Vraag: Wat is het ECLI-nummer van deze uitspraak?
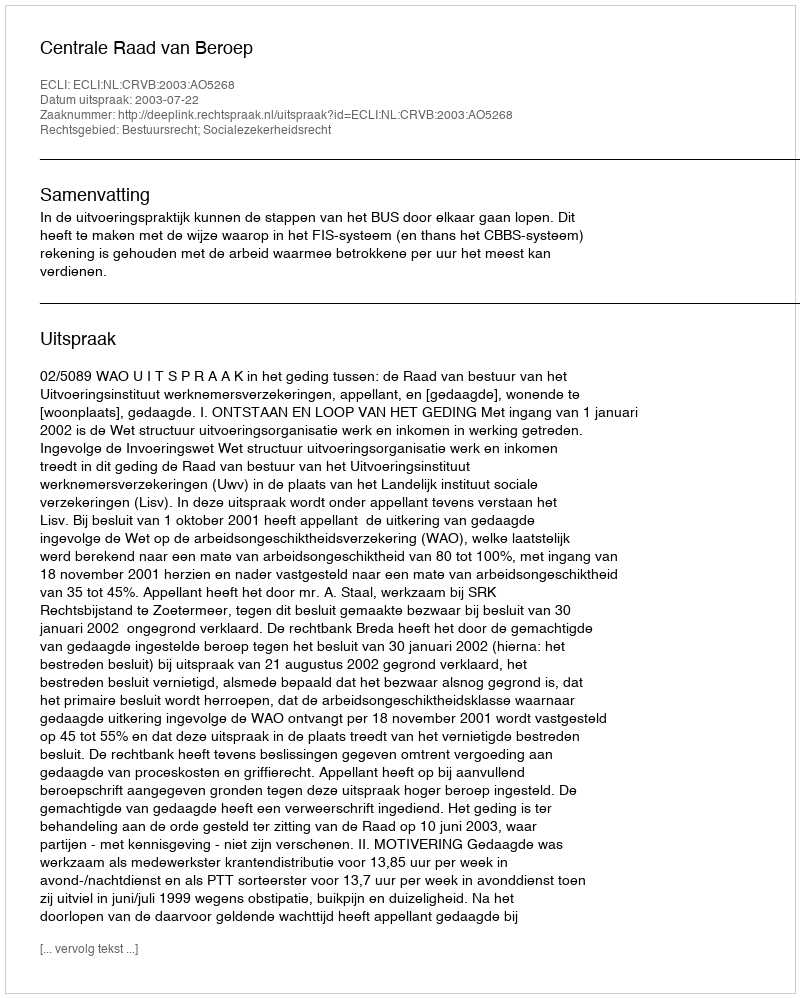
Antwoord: ECLI:NL:CRVB:2003:AO5268